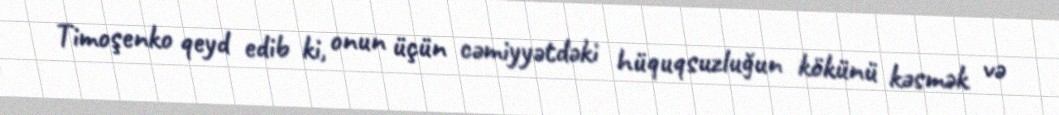
Timoşenko qeyd edib ki, onun üçün cəmiyyətdəki hüquqsuzluğun kökünü kəsmək və